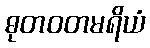
ဓုတဝတမရိယံ